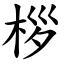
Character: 桚